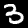
Digit: 3